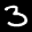
Label: 3